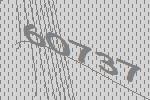
60737